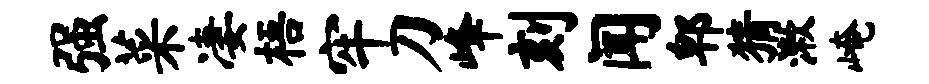
强菜凄梧牢刀峰刻闻郫猜漱崦